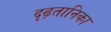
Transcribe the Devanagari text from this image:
दृढ़तानिका